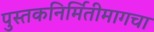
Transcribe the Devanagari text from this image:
पुस्तकनिर्मितीमागचा